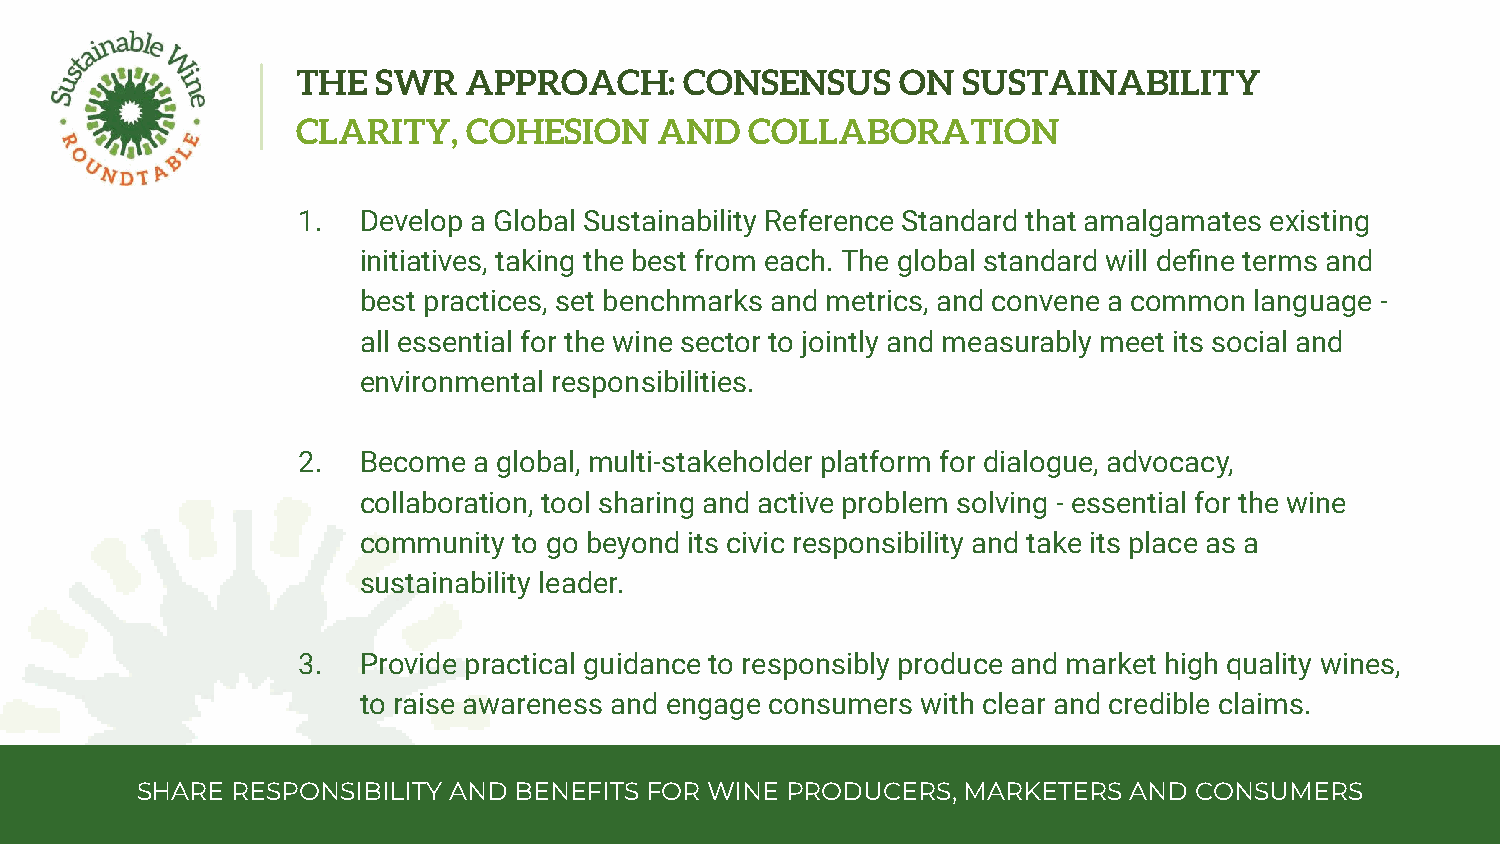
THE  SWR   APPROACH:     CONSENSUS      ON  SUSTAINABILITY
 CLARITY,   COHESION     AND   COLLABORATION
 1.  Develop a Global Sustainability Reference Standard that amalgamates existing
 initiatives, taking the best from each. The global standard will define terms and
 best practices, set benchmarks and metrics, and convene a common language -
 all essential for the wine sector to jointly and measurably meet its social and
 environmental responsibilities.
 2.  Become a global, multi-stakeholder platform for dialogue, advocacy,
 collaboration, tool sharing and active problem solving - essential for the wine
 community to go beyond its civic responsibility and take its place as a
 sustainability leader.
 3.  Provide practical guidance to responsibly produce and market high quality wines,
 to raise awareness and engage consumers with clear and credible claims.
 SHARE RESPONSIBILITY AND BENEFITS FOR WINE PRODUCERS,  MARKETERS  AND CONSUMERS